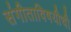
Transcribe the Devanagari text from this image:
संगीताविषयीची